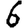
Digit: 6